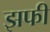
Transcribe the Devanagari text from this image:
झफी